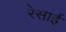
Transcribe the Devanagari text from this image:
रेसाई